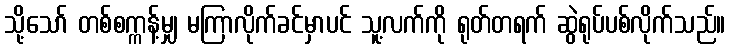
သို့သော် တစ်စက္ကန့်မျှ မကြာလိုက်ခင်မှာပင် သူ့လက်ကို ရုတ်တရက် ဆွဲရုပ်ပစ်လိုက်သည်။